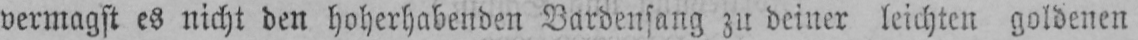
vermagst es nicht den hoherhabenden Bardensang zu deiner leichten goldenen